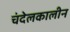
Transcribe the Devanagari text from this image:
चंदेलकालीन